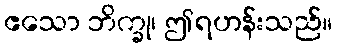
ဧသော ဘိက္ခု၊ ဤရဟန်းသည်။